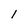
Character: 1